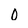
Character: 0